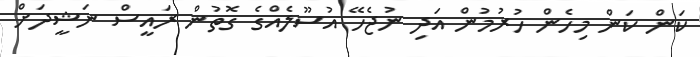
ކަން ކަން މިހެން ހުރުމުން އަދި ނުޖެހޭ އުސޫލެއްގެ ގޮތުން ރައީސް ނަޝީދަަަށް